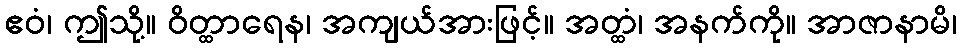
ဧဝံ၊ ဤသို့။ ဝိတ္ထာရေန၊ အကျယ်အားဖြင့်။ အတ္ထံ၊ အနက်ကို။ အာဇာနာမိ၊